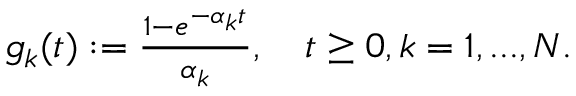
\begin{array} { r } { g _ { k } ( t ) : = \frac { 1 - e ^ { - \alpha _ { k } t } } { \alpha _ { k } } , \quad t \geq 0 , k = 1 , . . . , N . } \end{array}